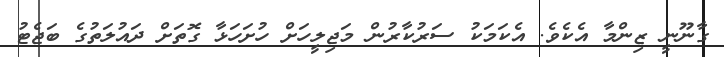
ގާނޫނީ ޒިންމާ އެކެވެ. އެކަމަކު ސަރުކާރުން މަޖިލީހަށް ހުށަހަޅާ ގޮތަށް ދައުލަތުގެ ބަޖެޓު